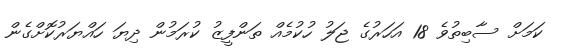
ކަމަށް ސާބިތުވެ 18 އަހަރުގެ ޖަލު ހުކުމެއް ތަންފީޒު ކުރަމުން ދިޔަ ހައްޔަރުކޮށްގެން